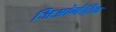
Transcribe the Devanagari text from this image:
जिओमेट्रिक